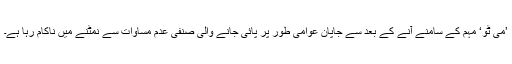
’می ٹو‘ مہم کے سامنے آنے کے بعد سے جاپان عوامی طور پر پائی جانے والی صنفی عدم مساوات سے نمٹنے میں ناکام رہا ہے۔